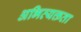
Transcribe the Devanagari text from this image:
अभिव्यक्तता